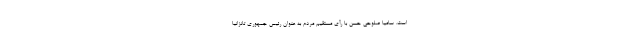
است. سامیا صلوحی حسن با رأی مستقیم مردم به عنوان رئیس جمهوری تانزانیا